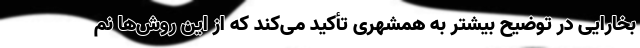
بخارایی در توضیح بیشتر به همشهری تأکید می‌کند که از این روش‌ها نم